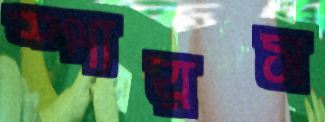
স্পারস